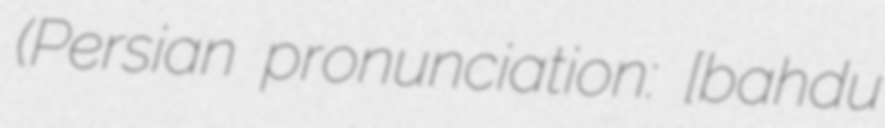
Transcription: (Persian pronunciation: [bahɑːduɾ